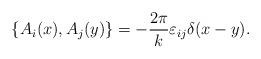
LaTeX: \begin{align*}\{A_i(x),A_j(y)\}=-\frac{2\pi}{k}\varepsilon_{ij}\delta(x-y).\end{align*}